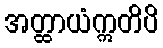
အတ္ထာယံဣတိပိ